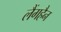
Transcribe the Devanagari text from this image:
लैंगहैन